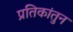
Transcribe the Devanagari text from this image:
प्रतिकांतुन